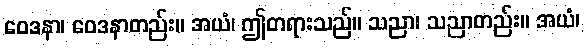
ဝေဒနာ၊ ဝေဒနာတည်း။ အယံ၊ ဤတရားသည်။ သညာ၊ သညာတည်း။ အယံ၊